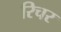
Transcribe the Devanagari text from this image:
रिचर